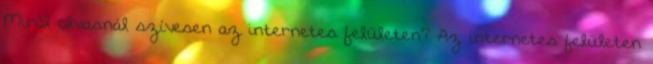
Miről olvasnál szívesen az internetes felületen? Az internetes felületen